Juuru_vallavalitsus, lk 11
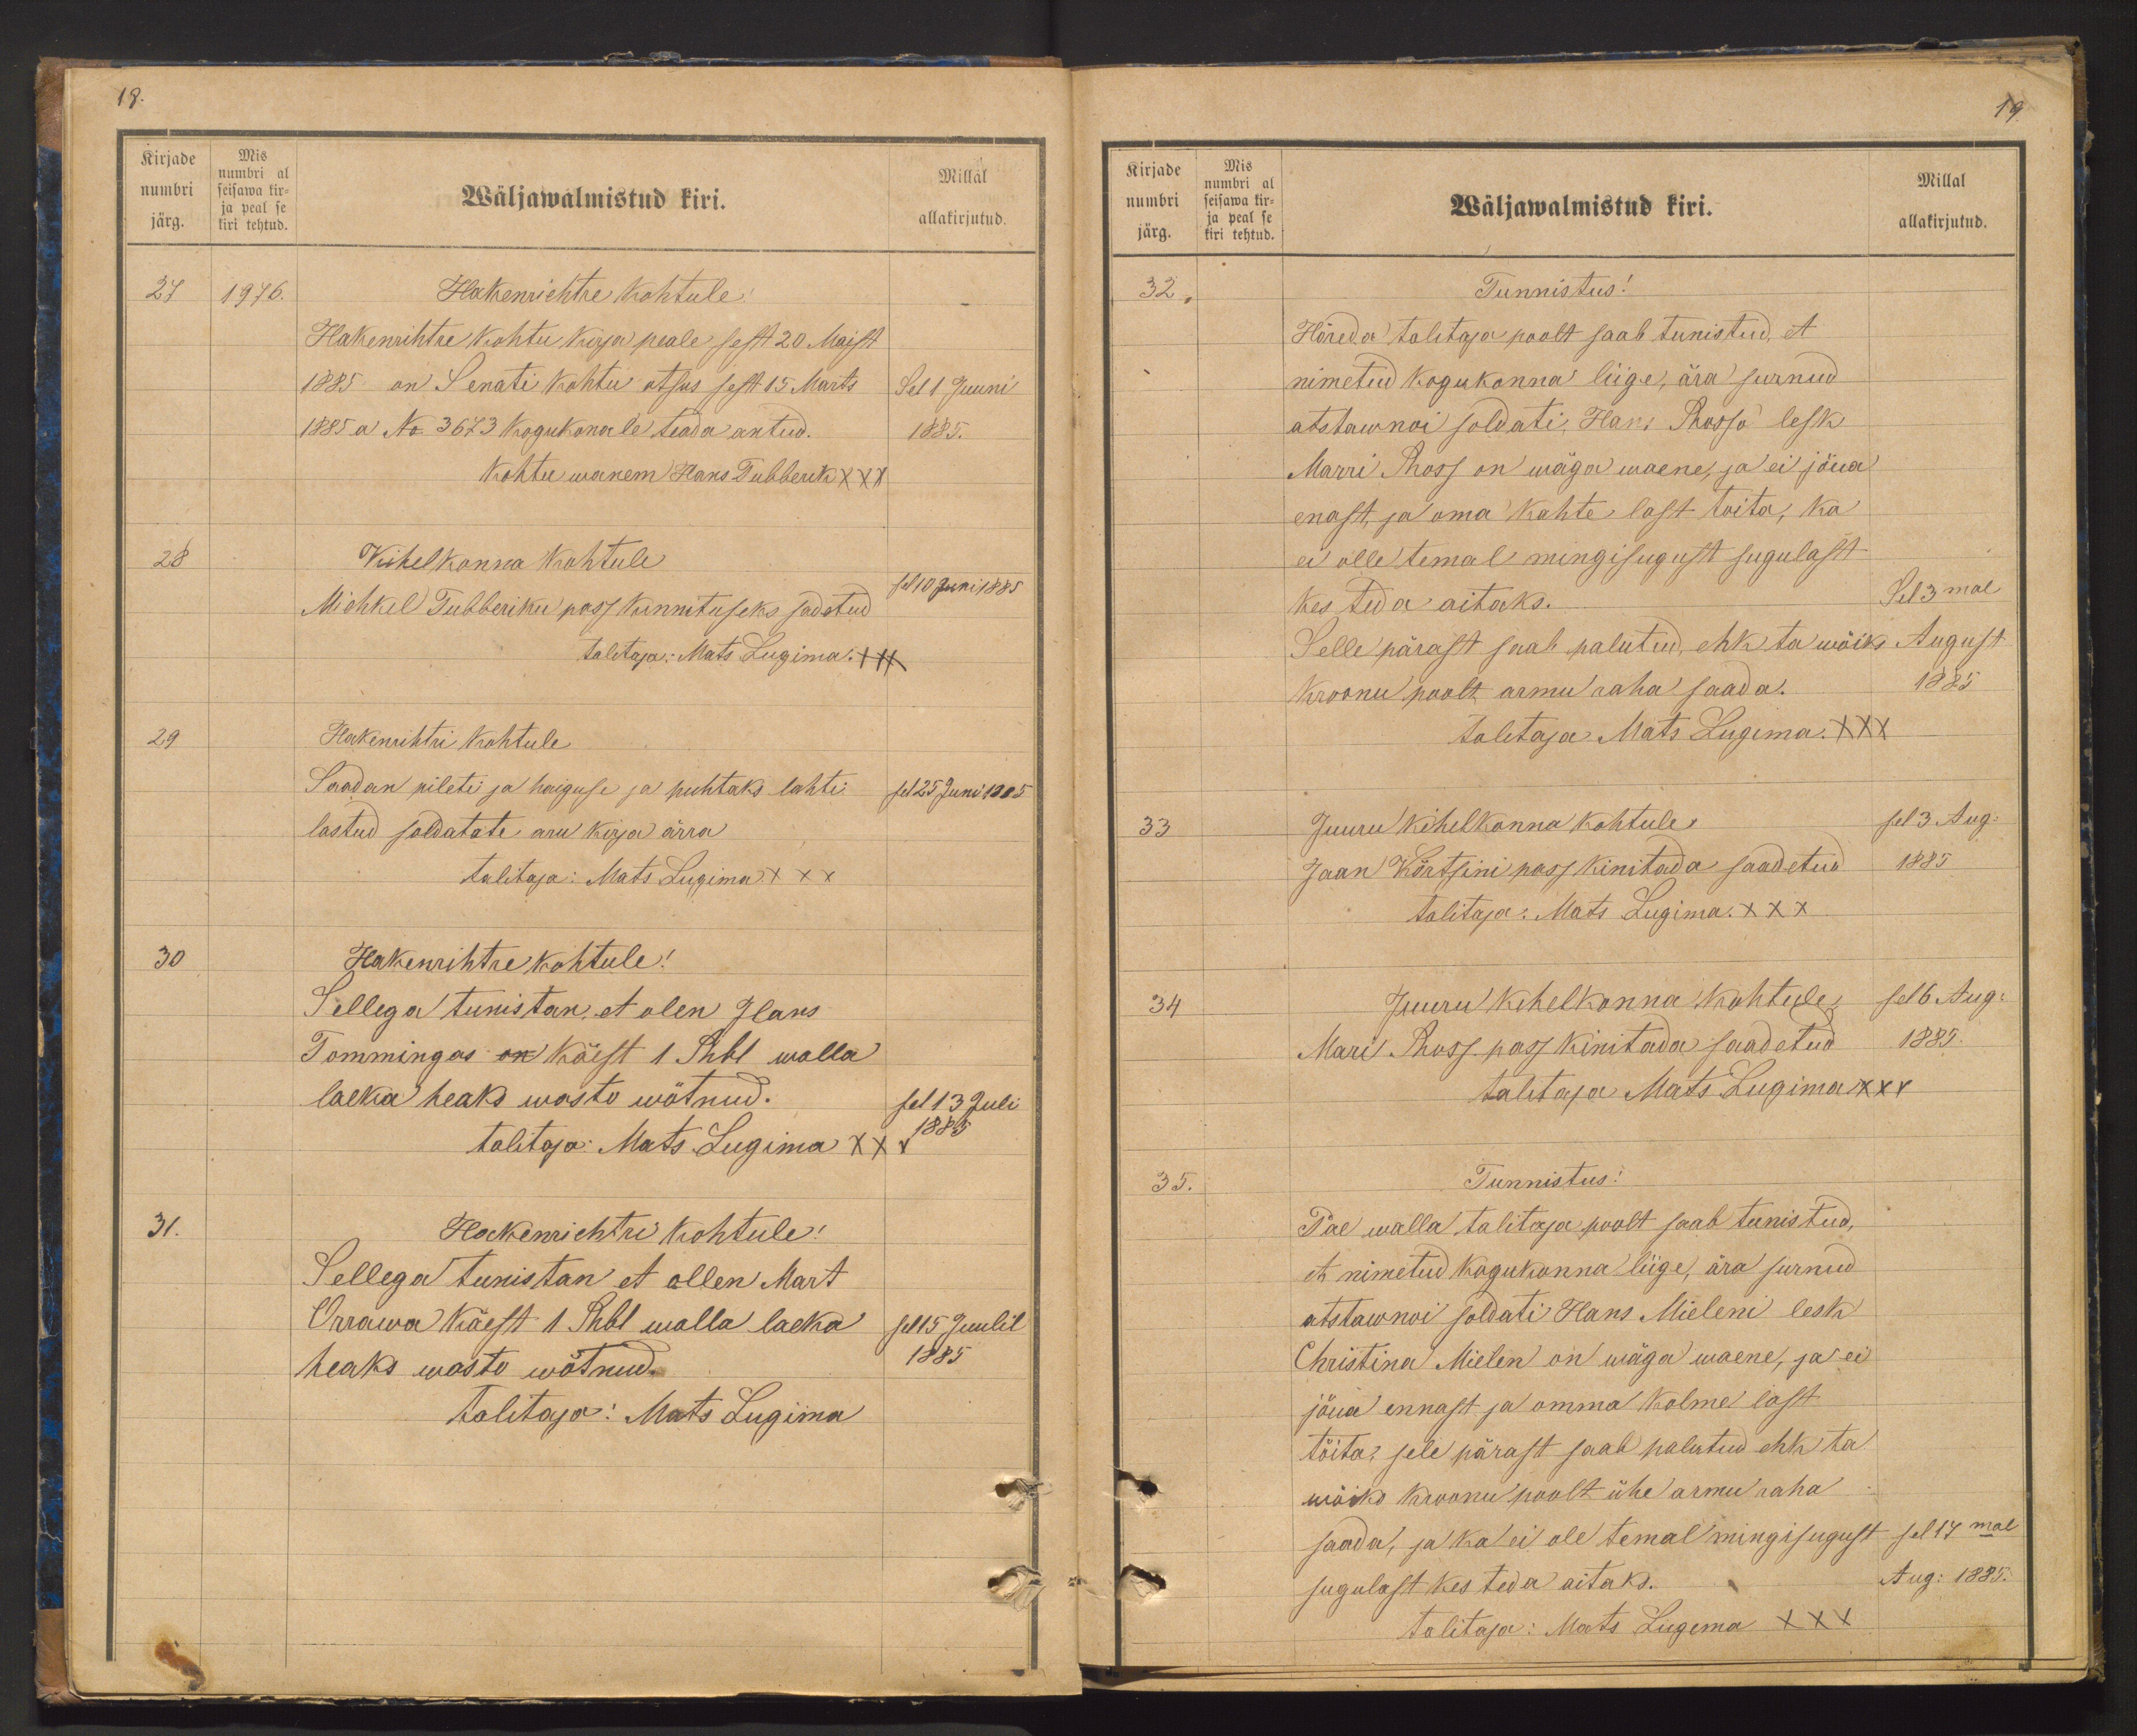
Kirjade
Mis
numbri al
numbri seisawa kir-
ja peal se
järg. kiri tehtud.

18.
Wäljawalmistud kiri.
Millal
allakirjutud.
27
1976.
Hakenrichtre kohtule
Hakenrihtre kohtu kirja peale sest 20 Maist
1885 on Senati kohtu otsus sest 15 Märts
Sel 1 Juuni
1885 a No 3673 Kogukonnale teada antud.
1885.
kohtu wanem Hans Tubberik XXX
28
Kihelkonna kohtule
Michkel Tubberiku pass kinnituseks sadetud
sel 10 Juni 1885
talitaja: Mats Lugima +++
29
Hakenrihtri kohtule
sel 25 Juni 1885
Saadan pileti ja haiguse ja puhtaks lahti
lastud soldatate aru kirja ärra
talitaja: Mats Lugima XXX
30
Hakenrihtre kohtule!
Sellega tunistan, et olen Hans
Tommingas on käest 1 Rbl walla
laeka heaks wasto wõtnud.
sel 13 Juli
talitaja: Mats Lugima XXX
1885
31.
Hakenrichtri kohtule!
Sellega tunistan et ollen Mart
Orrawa käest 1 Rbl walla laeka
sel 15 Juulil
heaks wasto wõtnud.
1885
talitaja: Mats Lugima

Kirjade
numbri
järg.
Mis
numbri al
seisawa kir-
ja peal se
kiri tehtud.

19.
Millal
allakirjutud.
Wäljawalmistud kiri.
32
Tunnistus!
Hõreda talitaja poolt saab tunistud, et
nimetud kogukonna liige, ära surnud
atstawnoi soldati, Hans Rosso lesk
Marri Ross on wäga waene, ja ei jäua
enast ja oma kahte last toita, ka
ei olle temal mingisugust sugulast
kes teda aitaks.
Sel 3mal
Selle pärast saab palutud, ehk ta wõiks August
Kroonu poolt armu raha saada.
1885
talitaja Mats Lugima XXX
33
Juuru kihelkonna kohtule.
sel 3 Aug.
Jaan Kõrtsini pass kinitada saadetud
1885
talitaja: Mats Lugima XXX
34
Juuru kihelkonna kohtule,
sel 6 Aug.
Mari Ross pass kinitada saadetud
1885.
talitaja Mats Lugima XXX
35.
Tunnistus!
Pae walla talitaja poolt saab tunistud,
et nimetud kogukonna liige, ära surnud
atstawnoi soldati Hans Mieleni lesk
Christina Mielen on wäga waene, ja ei
jõua ennast ja omma kolme last
töita, sele pärast saab palutud ehk ta
wöiks kroonu poolt ühe armu raha
saada, ja ka ei ole temal mingisugust sel 17mal
sugulast kes teda aitaks.
Augusti 1885.
talitaja: Mats Lugima XXX